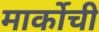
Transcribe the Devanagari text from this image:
मार्कोची